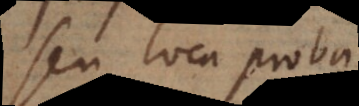
seu loca proba